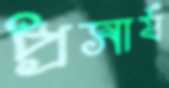
প্রসার্য